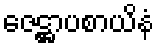
ဇေဋ္ဌာပစာယိနံ